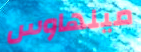
ميلهاوس